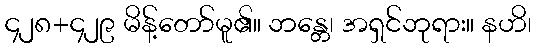
၄၂၈+၄၂၉ မိန့်တော်မူ၏။ ဘန္တေ၊ အရှင်ဘုရား။ နဟိ၊